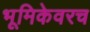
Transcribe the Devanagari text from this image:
भूमिकेवरच